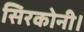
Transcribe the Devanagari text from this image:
सिरकोनी।